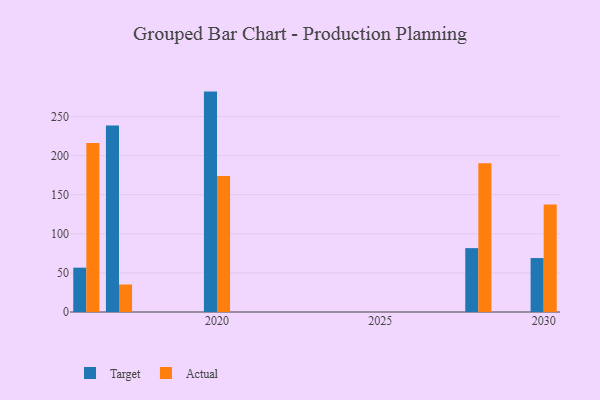
{"axis": {"x": "Year", "y": "Production Output"}, "legend": ["Actual", "Target"], "data": [{"x": "2016", "y": 56.7, "type": "Target"}, {"x": "2016", "y": 216.3, "type": "Actual"}, {"x": "2020", "y": 281.9, "type": "Target"}, {"x": "2020", "y": 174.0, "type": "Actual"}, {"x": "2017", "y": 238.6, "type": "Target"}, {"x": "2017", "y": 35.2, "type": "Actual"}, {"x": "2028", "y": 81.7, "type": "Target"}, {"x": "2028", "y": 190.1, "type": "Actual"}, {"x": "2030", "y": 69.0, "type": "Target"}, {"x": "2030", "y": 137.6, "type": "Actual"}]}